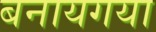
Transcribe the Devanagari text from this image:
बनायगया